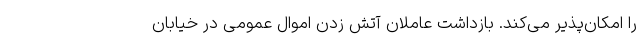
را امکان‌پذیر می‌کند. بازداشت عاملان آتش زدن اموال عمومی در خیابان